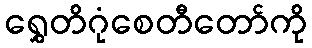
ရွှေတိဂုံစေတီတော်ကို